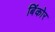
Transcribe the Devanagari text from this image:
बिंकोर